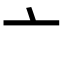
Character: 亠